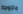
متزوجة